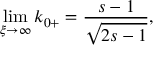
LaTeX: \operatorname * { l i m } _ { \xi \rightarrow \infty } k _ { 0 + } = \frac { s - 1 } { \sqrt { 2 s - 1 } } ,